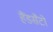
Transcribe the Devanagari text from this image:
हैंडसैटों